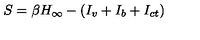
S = \beta H _ { \infty } - ( I _ { v } + I _ { b } + I _ { c t } )